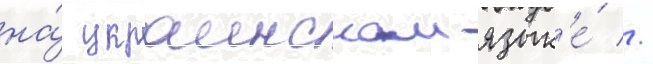
на́ украинском язык'е́ //